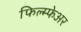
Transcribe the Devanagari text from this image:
फिल्म्फेअर